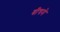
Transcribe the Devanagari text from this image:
बीचमे